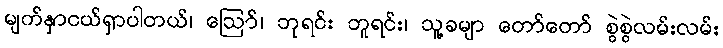
မျက်နှာငယ်ရှာပါတယ်၊ ဪ၊ ဘုရင်း ဘူရင်း၊ သူ့ခမျာ တော်တော် စွဲစွဲလမ်းလမ်း